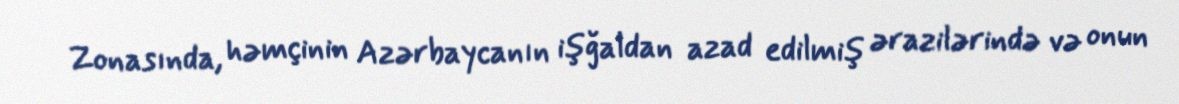
Zonasında, həmçinin Azərbaycanın işğaldan azad edilmiş ərazilərində və onun